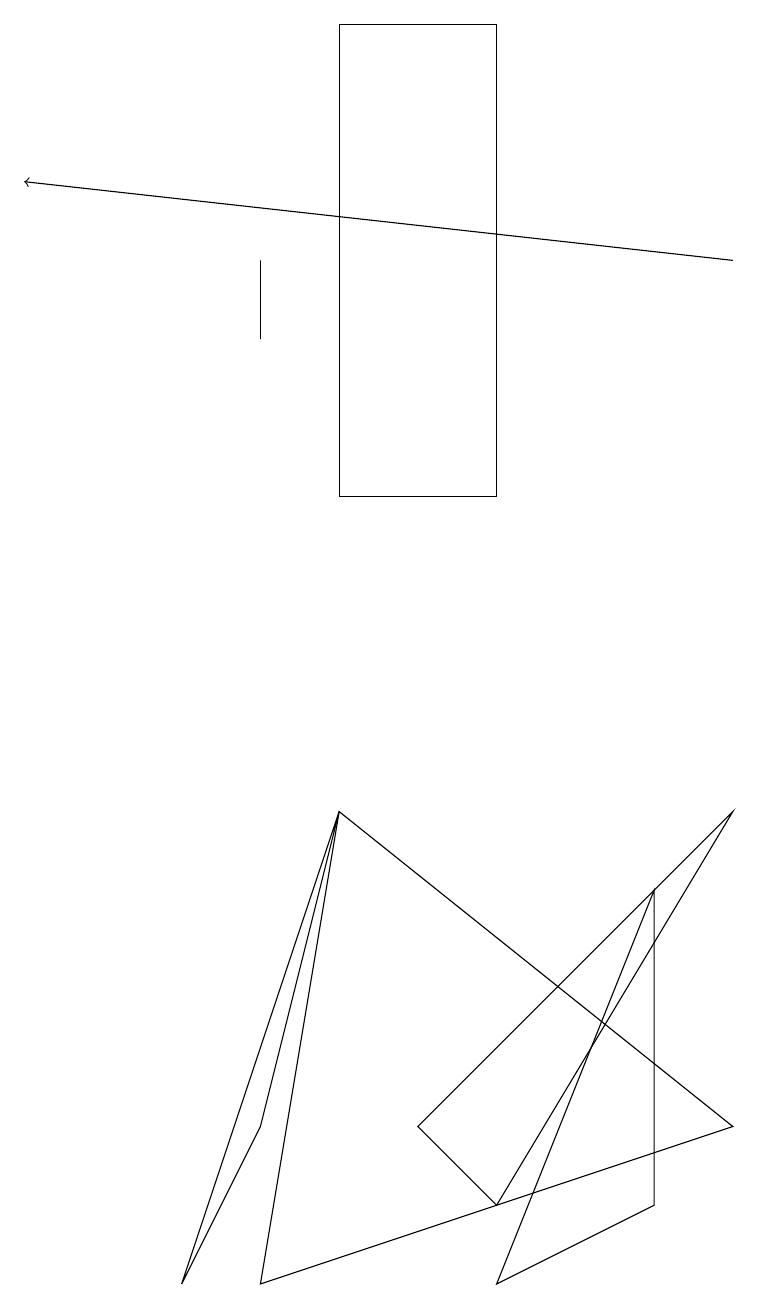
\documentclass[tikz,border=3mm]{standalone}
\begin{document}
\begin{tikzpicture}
\draw (4,7) -- (9,3) -- (3,1) -- cycle;
\draw (2,1) -- (4,7) -- (3,3) -- cycle;
\draw (3,13) rectangle (3,14);
\draw (8,6) -- (6,1) -- (8,2) -- cycle;
\draw[->] (9,14) -- (0,15);
\draw (6,2) -- (5,3) -- (9,7) -- cycle;
\draw (6,11) rectangle (4,17);
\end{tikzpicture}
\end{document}